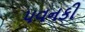
પવનકી